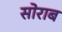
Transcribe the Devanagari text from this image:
सोराब